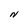
Character: N